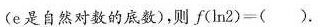
(e是自然对数的底数)，则$$f ( \ln 2 ) = ()$$。